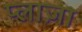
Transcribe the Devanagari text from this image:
प्‍लाज़ा